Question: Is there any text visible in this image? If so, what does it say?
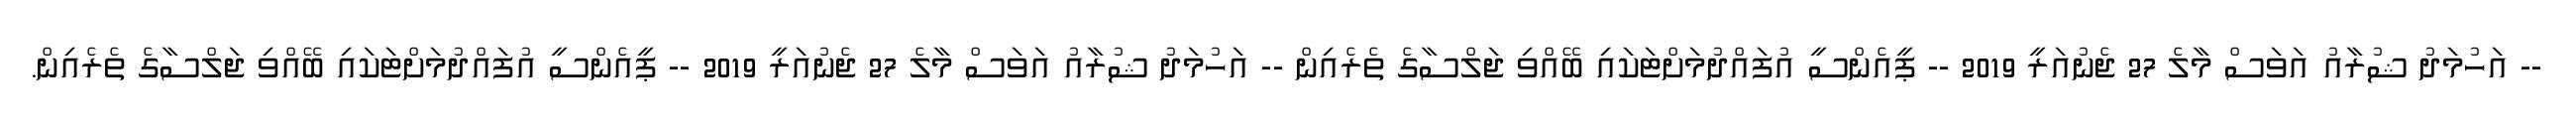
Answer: -- އަހުމަދު ޝުރާއު އަވަސް މާލެ 27 ޖެނުއަރީ 2019 -- ޕީއެންސީ އުފައްދުމަށްޓަކައި ބޭއްވި ޖަލްސާގެ ތެރެއިން -- އަހުމަދު ޝުރާއު އަވަސް މާލެ 27 ޖެނުއަރީ 2019 -- ޕީއެންސީ އުފައްދުމަށްޓަކައި ބޭއްވި ޖަލްސާގެ ތެރެއިން.